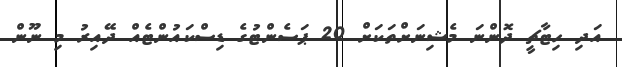
އަދި ހިޓާޗީ ދޮންނަ މެޝިނަށްތަކަށް 20 ޕަސެންޓުގެ ޑިސްކައުންޓެއް ދޭއިރު މި ނޫން